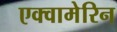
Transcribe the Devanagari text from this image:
एक्वामेरिन